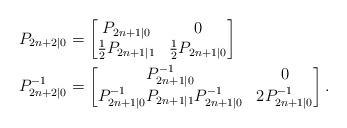
LaTeX: \begin{align*} P_{2n+2|0} &= \begin{bmatrix} P_{2n+1|0} & 0 \\ \frac{1}{2}P_{2n+1|1} & \frac{1}{2}P_{2n+1|0}\\\end{bmatrix}\\ P_{2n+2|0}^{-1} &= \begin{bmatrix} P_{2n+1|0}^{-1} & 0 \\ P_{2n+1|0}^{-1}P_{2n+1|1}P_{2n+1|0}^{-1} & 2P_{2n+1|0}^{-1}\\\end{bmatrix}. \end{align*}